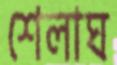
শেলাঘ